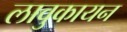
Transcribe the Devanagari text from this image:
लावुकायन